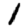
Digit: 1